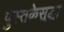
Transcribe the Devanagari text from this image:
पुस्तकेसुद्धा